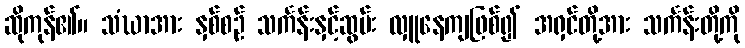
ဆိုကုန်၏။ သံဃာအား နှစ်စဉ် သင်္ကန်းနှင့်ဆွမ်း လှူနေကျဖြစ်၍ အရှင်တို့အား သင်္ကန်းတို့ကို